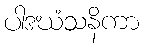
ပါဒဃံသနိကာ